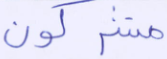
مشركون